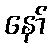
နော်